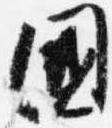
国